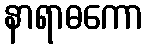
နာရာဓကော